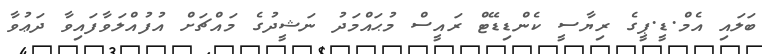
ބަލައި އެމް.ޑީ.ޕީގެ ރިޔާސީ ކެންޑިޑޭޓް ރައީސް މުޙައްމަދު ނަޝީދުގެ މައްޗަށް އުފުއްލަވާފައިވާ ދަޢުވާ